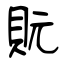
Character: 貦